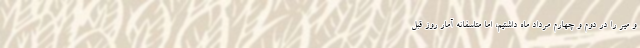
و میر را در دوم و چهارم مرداد ماه داشتیم، اما متاسفانه آمار روز قبل